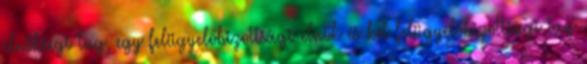
elnökségi tag, egy felügyelőbizottsági elnök és két felügyelőbizottsági tag